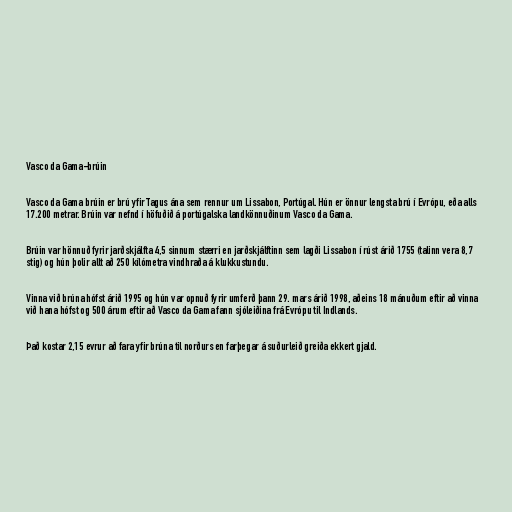
Vasco da Gama-brúin

Vasco da Gama brúin er brú yfir Tagus ána sem rennur um Lissabon, Portúgal. Hún er önnur lengsta brú í Evrópu, eða alls
17.200 metrar. Brúin var nefnd í höfuðið á portúgalska landkönnuðinum Vasco da Gama.

Brúin var hönnuð fyrir jarðskjálfta 4,5 sinnum stærri en jarðskjálftinn sem lagði Lissabon í rúst árið 1755 (talinn vera 8,7
stig) og hún þolir allt að 250 kílómetra vindhraða á klukkustundu.

Vinna við brúna hófst árið 1995 og hún var opnuð fyrir umferð þann 29. mars árið 1998, aðeins 18 mánuðum eftir að vinna
við hana hófst og 500 árum eftir að Vasco da Gama fann sjóleiðina frá Evrópu til Indlands.

Það kostar 2,15 evrur að fara yfir brúna til norðurs en farþegar á suðurleið greiða ekkert gjald.